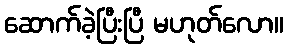
ဆောက်ခဲ့ပြီးပြီ မဟုတ်လော။